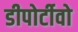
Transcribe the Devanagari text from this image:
डीपोर्टीवो